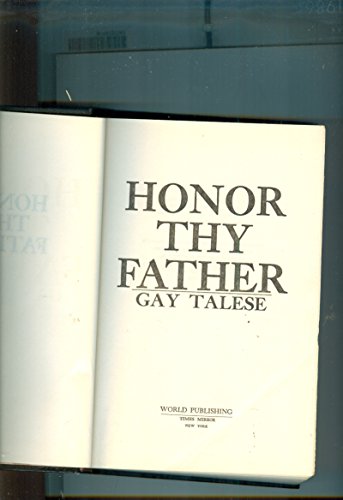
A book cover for Honor Thy Father; Gay Talese; Biographies & Memoirs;